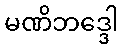
မဏိဘဒ္ဒေါ